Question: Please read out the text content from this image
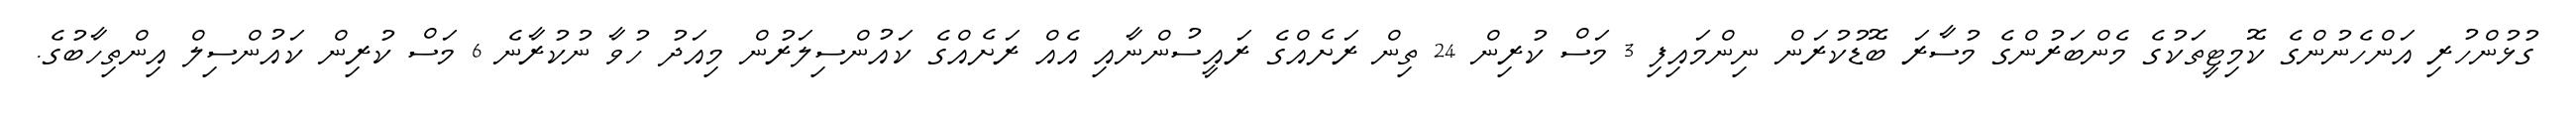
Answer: ގުޅުންހުރި އަންހެނުންގެ ކޮމިޓީތަކުގެ މެންބަރުންގެ މުސާރަ ބޮޑުކުރަން ނިންމައިފި 3 މަސް ކުރިން 24 ތިން ރަށެއްގެ ރައީސުންނާއި އެއް ރަށެއްގެ ކައުންސިލަރުން މިއަދު ހުވާ ނުކުރާނެ 6 މަސް ކުރިން ކައުންސިލް އިންތިހާބުގެ.